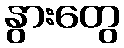
နွားတွေ